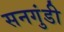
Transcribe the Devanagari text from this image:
सनगुंडी